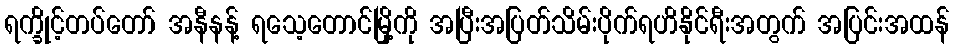
ရက္ခိုင့်တပ်တော် အနီနန့် ရသေ့တောင်မြို့ကို အပြီးအပြတ်သိမ်းပိုက်ရဟိနိုင်ရီးအတွက် အပြင်းအထန်